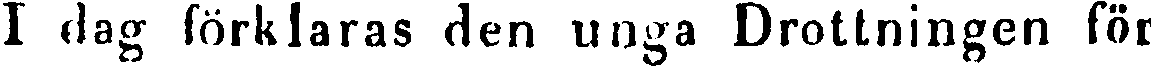
I dag förklaras den unga Drottningen för